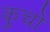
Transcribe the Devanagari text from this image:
कुचों